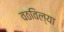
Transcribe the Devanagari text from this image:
वठविल्या